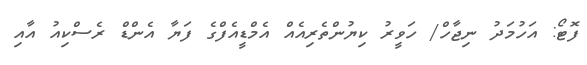
ފޮޓޯ: އަހުމަދު ނިޖާހް/ ހަވީރު ކިޔުންތެރިއެއް އެމްޑީއެފްގެ ފަޔާ އެންޑް ރެސްކިއު އާއި